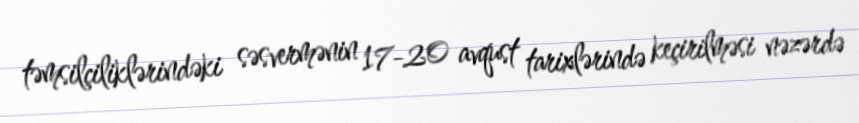
təmsilçiliklərindəki səsvermənin 17-20 avqust tarixlərində keçirilməsi nəzərdə